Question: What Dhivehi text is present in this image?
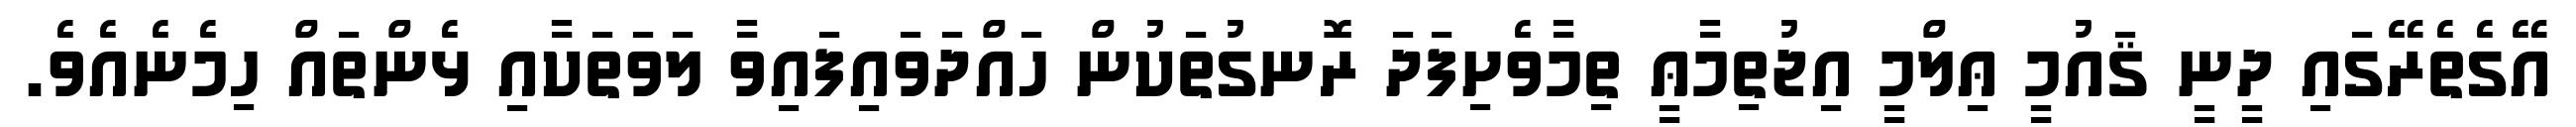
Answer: އޭގެތެރޭގައި ދީނީ ޤައުމީ ޢިލްމީ އިޖުތިމާޢީ ތިމާވެށިފަދަ ރޮނގުތަކުން ހައްދަވައިފައިވާ ލަވަތަކާއި ޅެންތައް ހިމެނެއެވެ.